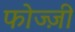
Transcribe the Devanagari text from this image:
फोज्ज़ी